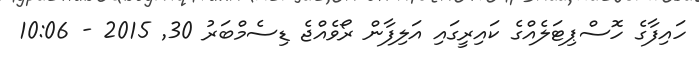
ހައިފާގެ ހޮސްޕިޓަލެއްގެ ކައިރީގައި އަލިފާން ރޯވެއްޖެ ޑިސެމްބަރު 30